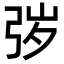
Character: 㢷